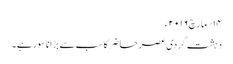
۱۴؍مارچ ۲۰۱۶ء
دہشت گردی عصر حاضر کا سب سے بڑا ناسور ہے۔